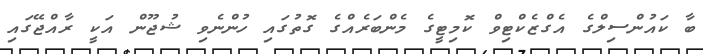
ބާ ކައުންސިލްގެ އެގްޒެކްޓިވް ކޮމިޓީގެ މެންބަރެއްގެ ގޮތުގައި ހުންނެވި ޝުޖޫން އަކީ ރާއްޖޭގައި